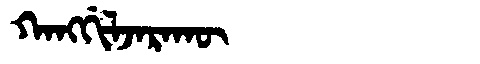
Manchu: ᡴᠠᠩᡤᡳᠯᠵᠠᡵᠠᡴᡡ
Romanization: KANGGILJARAKŪ